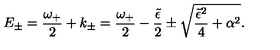
E _ { \pm } = { \frac { \omega _ { + } } { 2 } } + k _ { \pm } = { \frac { \omega _ { + } } { 2 } } - { \frac { \tilde { \epsilon } } { 2 } } \pm \sqrt { { \frac { \tilde { \epsilon } ^ { 2 } } { 4 } } + \alpha ^ { 2 } } .